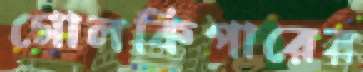
গোলকিপারের